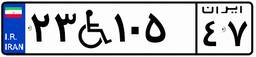
۲۳W۱۰۵۴۷